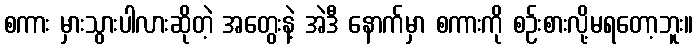
စကား မှားသွားပါလားဆိုတဲ့ အတွေးနဲ့ အဲဒီ နောက်မှာ စကားကို စဉ်းစားလို့မရတော့ဘူး။